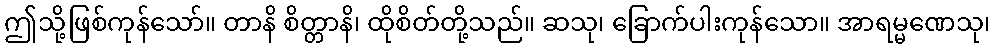
ဤသို့ဖြစ်ကုန်သော်။ တာနိ စိတ္တာနိ၊ ထိုစိတ်တို့သည်။ ဆသု၊ ခြောက်ပါးကုန်သော။ အာရမ္မဏေသု၊